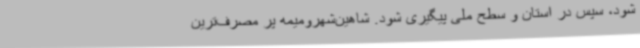
شود، سپس در استان و سطح ملی پیگیری شود. شاهین‌شهرومیمه پر مصرف‌ترین